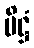
ပိဋ္ဌံ